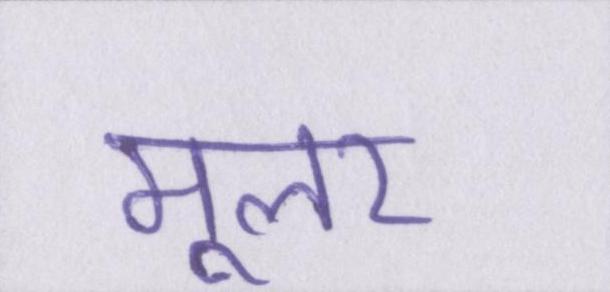
मूलर